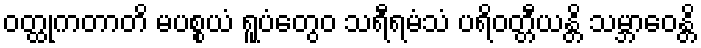
ဝတ္ထုကတာတိ မပစ္စယံ ရူပံတွေဝ သရီရမံသံ ပရိဝတ္တီယန္တိ သမ္ဘာဝေန္တိ